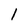
Character: 1